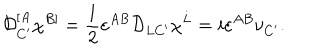
{ \cal D } _ { C ^ { \prime } } ^ { [ A } \chi ^ { B ] } = \frac { 1 } { 2 } \varepsilon ^ { A B } { \cal D } _ { L C ^ { \prime } } \chi ^ { L } = i \varepsilon ^ { A B } \nu _ { C ^ { \prime } } .